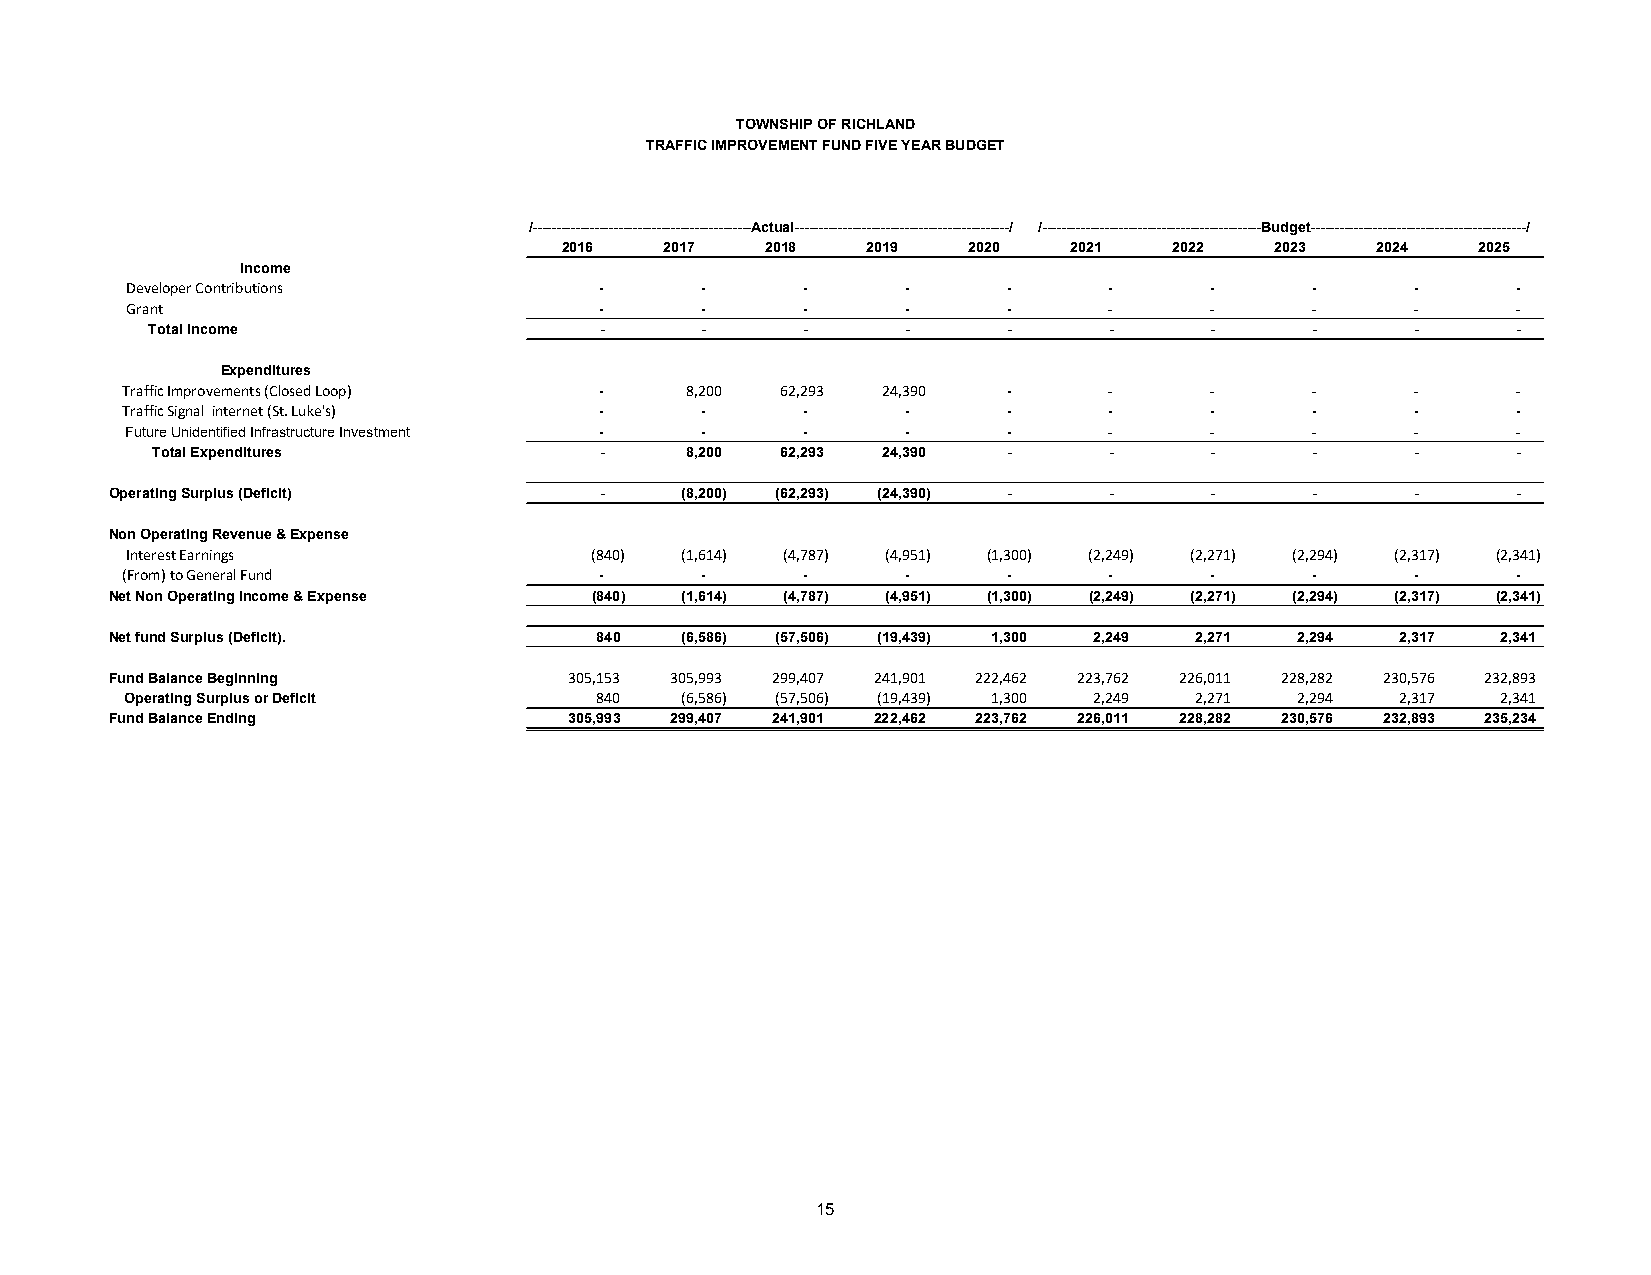
TOWNSHIP OF RICHLAND
 TRAFFIC IMPROVEMENT FUND FIVE YEAR BUDGET
 /----------------------------------------------Actual---------------------------------------------/ /----------------------------------------------Budget---------------------------------------------/
 2016   2017   2018  2019   2020   2021   2022  2023   2024   2025
 Income
 Developer Contributions         -     -      -      -      -     -      -      -      -     -
 Grant                           -     -      -      -      -     -      -      -      -     -
 Total Income                  -     -      -      -      -     -      -      -      -     -
 Expenditures
 Traffic Improvements (Closed Loop) - 8,200  62,293 24,390  -     -      -      -      -     -
 Traffic Signal internet (St. Luke's) - -     -      -      -     -      -      -      -     -
 Future Unidentified Infrastructure Investment - - - -      -     -      -      -      -     -
 Total Expenditures            -    8,200  62,293 24,390  -     -      -      -      -     -
 Operating Surplus (Deficit)      -    (8,200) (62,293) (24,390) - -      -      -      -     -
 Non Operating Revenue & Expense
 Interest Earnings              (840) ( 1,614) ( 4,787) ( 4,951) ( 1,300) ( 2,249) ( 2,271) ( 2,294) ( 2,317) ( 2,341)
 (From) to General Fund          -     -      -      -      -     -      -      -      -     -
 Net Non Operating Income & Expense (840) (1,614) (4,787) (4,951) (1,300) (2,249) (2,271) (2,294) (2,317) (2,341)
 Net fund Surplus (Deficit).     840   (6,586) (57,506) (19,439) 1,300 2,249 2,271 2,294 2,317 2,341
 Fund Balance Beginning         3 05,153 3 05,993 2 99,407 2 41,901 2 22,462 2 23,762 2 26,011 2 28,282 2 30,576 2 32,893
 Operating Surplus or Deficit   8 40  ( 6,586) ( 57,506) ( 19,439) 1,300 2,249 2,271 2,294 2,317 2,341
 Fund Balance Ending            305,993 299,407 241,901 222,462 223,762 226,011 228,282 230,576 232,893 235,234
 15